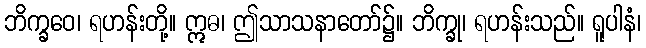
ဘိက္ခဝေ၊ ရဟန်းတို့။ ဣဓ၊ ဤသာသနာတော်၌။ ဘိက္ခု၊ ရဟန်းသည်။ ရူပါနံ၊